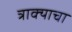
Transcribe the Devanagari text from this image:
त्राक्याचा